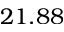
2 1 . 8 8